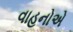
વાહનોએ